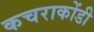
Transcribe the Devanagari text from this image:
कचराकोंडी